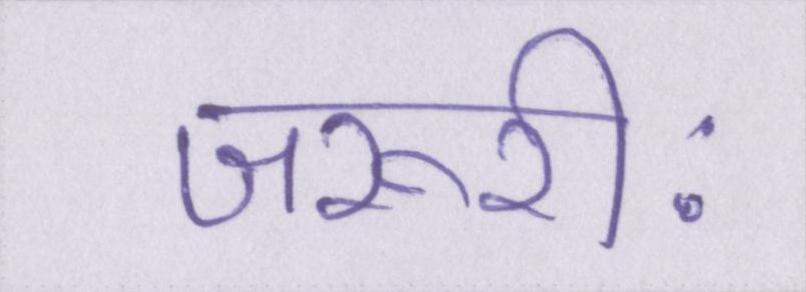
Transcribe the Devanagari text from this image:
जरूरीः